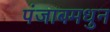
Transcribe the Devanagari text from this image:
पंजाबमधुन